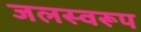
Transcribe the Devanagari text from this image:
जलस्वरूप